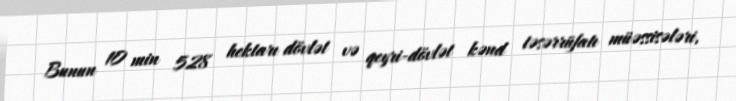
Bunun 10 min 528 hektarı dövlət və qeyri-dövlət kənd təsərrüfatı müəssisələri,